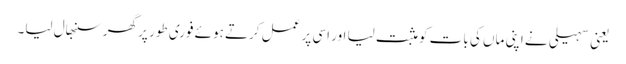
یعنی سہیلی نے اپنی ماں کی بات کو مثبت لیا اور اسی پر عمل کرتے ہوئے فوری طور پر گھر سنبھال لیا۔